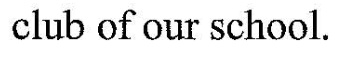
club of our school.